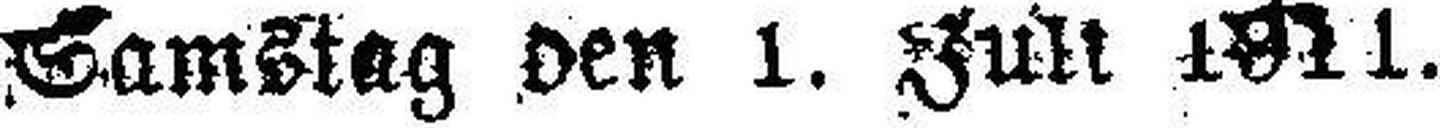
Samstag den 1. Juli 1871.